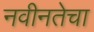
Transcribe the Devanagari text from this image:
नवीनतेचा